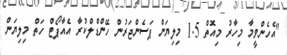
"އެހެންވީމާ މިހާރު މިއޮތް 1.5 މިލިޔަން ޕަސެންޖަރުން ހޭންޑްލްކުރާ އެއާޕޯޓް ހަތް މިލިޔަން